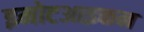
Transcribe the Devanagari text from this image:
इमोटआइकन